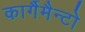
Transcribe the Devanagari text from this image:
कार्गैमैन्टो